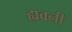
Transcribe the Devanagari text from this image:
ह्यवनी